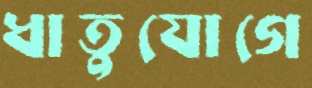
ধাতুযোগে